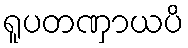
ရူပတဏှာယပိ